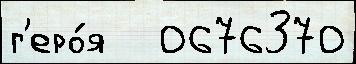
г'еро́я   0676370